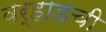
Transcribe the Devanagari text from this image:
वर्‍हाडची